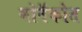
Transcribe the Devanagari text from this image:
मोनॅकोत